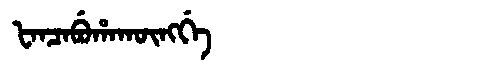
Manchu: ᡶᠠᠨᠴᠠᠪᡠᡥᠠᡴᡡᠩᡤᡝ
Romanization: FANCABUHAKŪNGGE